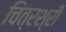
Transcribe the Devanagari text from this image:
चित्रश्री